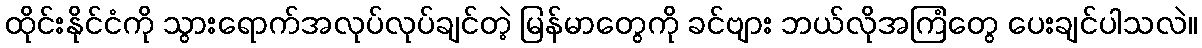
ထိုင်းနိုင်ငံကို သွားရောက်အလုပ်လုပ်ချင်တဲ့ မြန်မာတွေကို ခင်ဗျား ဘယ်လိုအကြံတွေ ပေးချင်ပါသလဲ။